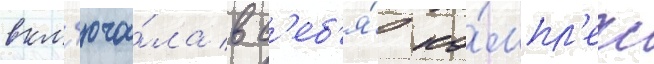
вкл'юча́ла в с'еб'я́ ко́мпл'екс